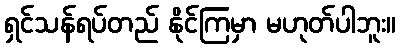
ရှင်သန်ရပ်တည် နိုင်ကြမှာ မဟုတ်ပါဘူး။